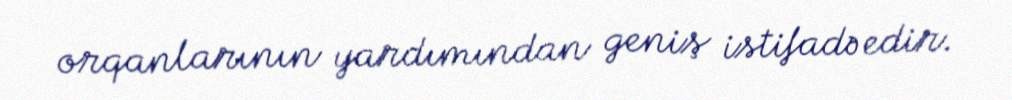
orqanlarının yardımından geniş istifadə edir.